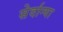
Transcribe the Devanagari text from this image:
सेर्दान्या